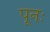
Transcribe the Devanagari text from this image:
पूनः